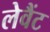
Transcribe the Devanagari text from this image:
लेवैंट